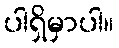
ပါရှိမှာပါ။